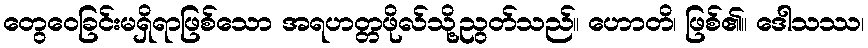
တွေဝေခြင်းမရှိရာဖြစ်သော အရဟတ္တဖိုလ်သို့ညွတ်သည်။ ဟောတိ၊ ဖြစ်၏။ ဒေါသဿ၊